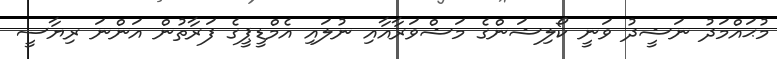
މުޙައްމަދު ނަޝީދު ވަނީ ކޯލިޝަންގެ މަޝްވަރާއާއި ނުލައި އެމްޑީޕީގެ ފަރާތުން އަންނަ ރިޔާސީ